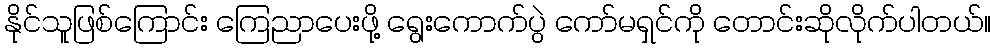
နိုင်သူဖြစ်ကြောင်း ကြေညာပေးဖို့ ရွေးကောက်ပွဲ ကော်မရှင်ကို တောင်းဆိုလိုက်ပါတယ်။